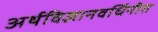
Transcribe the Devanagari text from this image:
अर्थविज्ञानवर्धिनीत